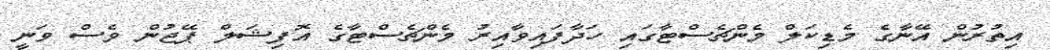
އިތުރުން އޭނާގެ މެޑިކަލް މެންޗެސްޓާގައި ހަދާފައިވާއިރު މެންޗެސްޓާގެ އޮފިޝަލް ޕޭޖުން ވެސް ވަނީ